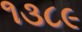
૧૩૮૯